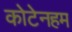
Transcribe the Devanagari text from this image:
कोटेनहम